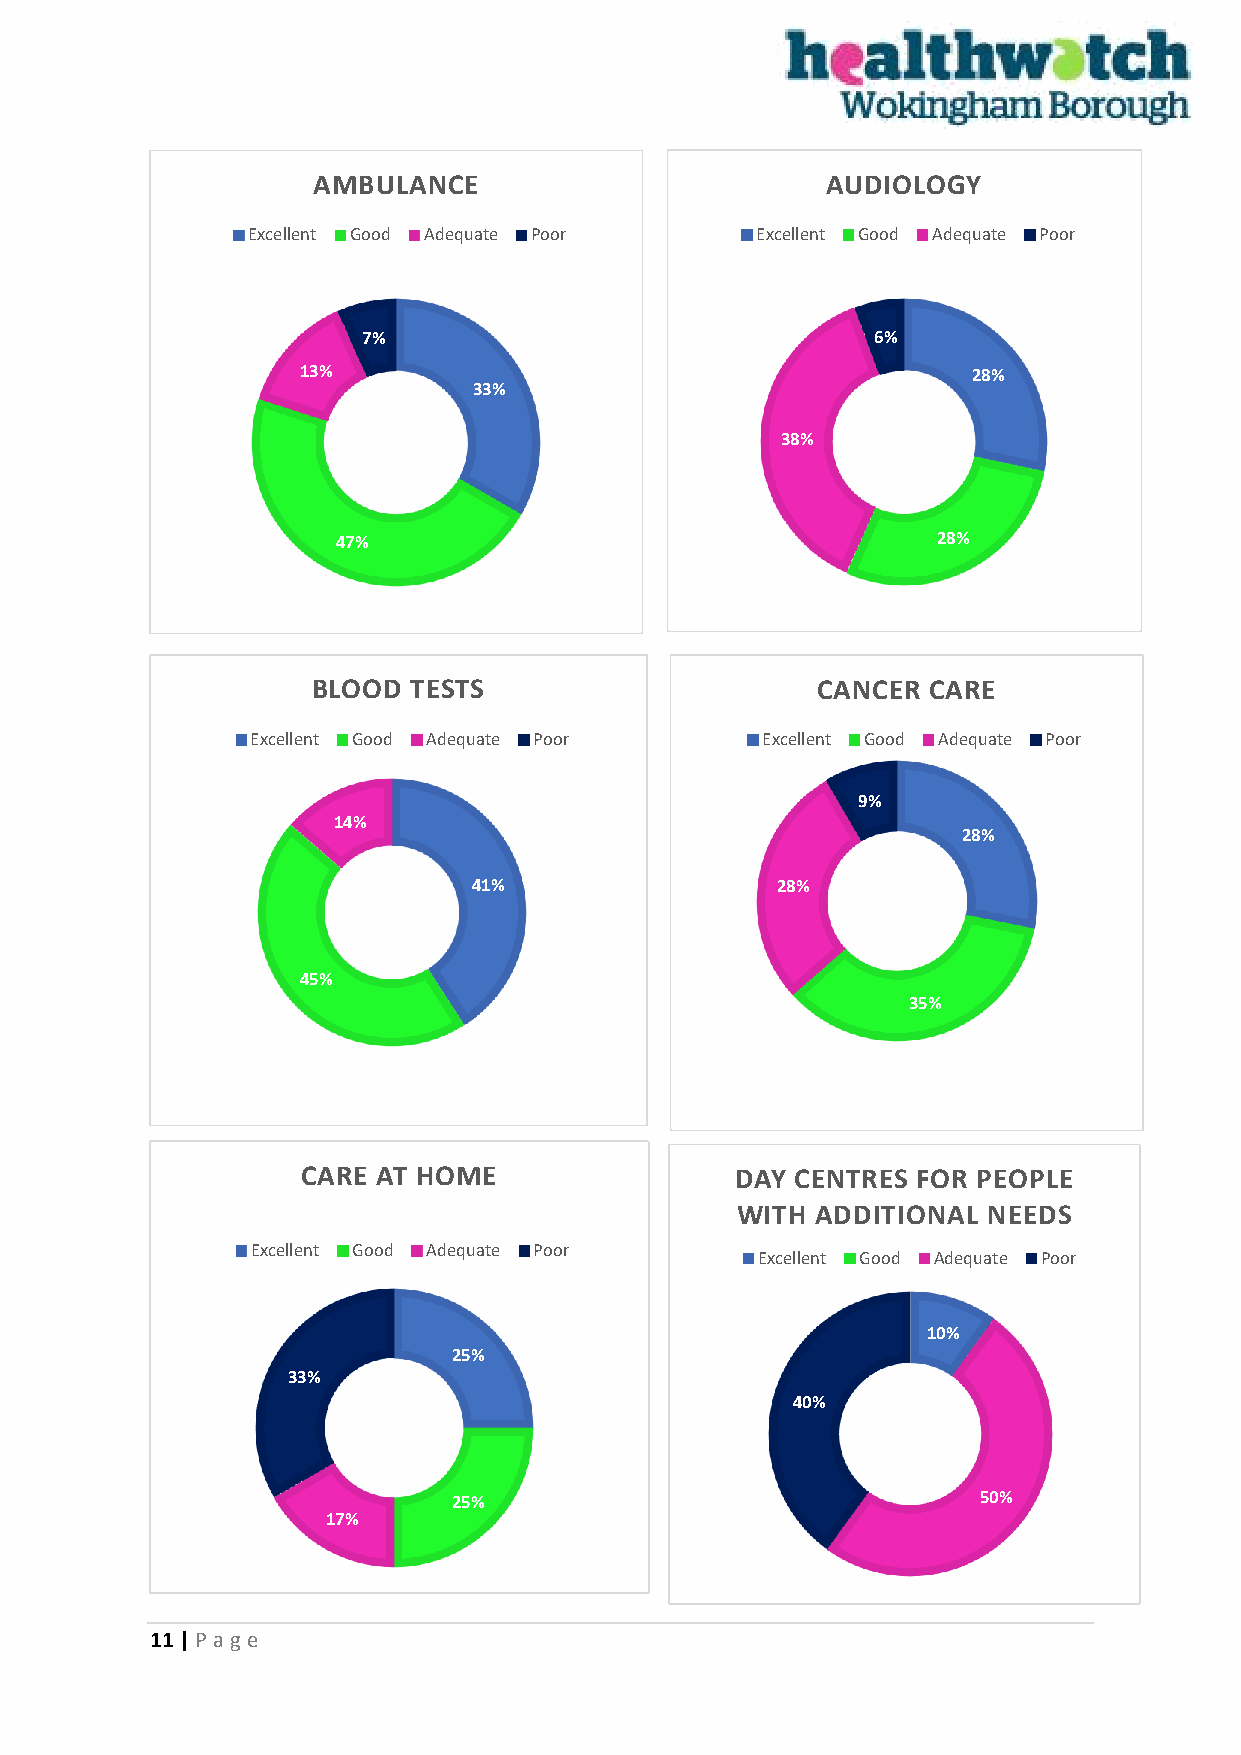
AMBULANCE                         AUDIOLOGY
 Excellent Good Adequate Poor      Excellent Good Adequate Poor
 7%                                6%
 13%                                         28%
 33%
 38%
 47%                                     28%
 BLOOD TESTS                      CANCER CARE
 Excellent Good Adequate Poor     Excellent Good Adequate Poor
 9%
 14%
 28%
 41%                 28%
 45%
 35%
 CARE AT HOME                 DAY CENTRES FOR PEOPLE
 WITH ADDITIONAL NEEDS
 Excellent Good Adequate Poor
 Excellent Good Adequate Poor
 10%
 25%
 33%
 40%
 25%                                50%
 17%
 11 | P age